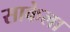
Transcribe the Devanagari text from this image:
साकेला